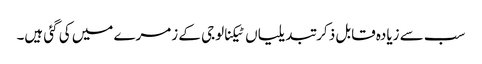
سب سے زیادہ قابل ذکر تبدیلیاں ٹیکنالوجی کے زمرے میں کی گئی ہیں۔